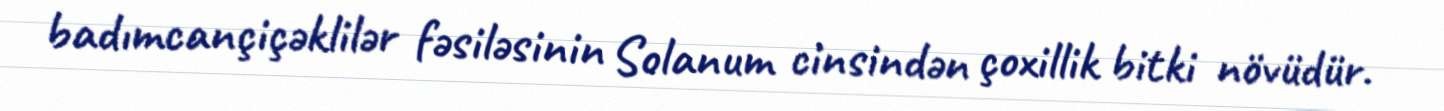
badımcançiçəklilər fəsiləsinin Solanum cinsindən çoxillik bitki növüdür.